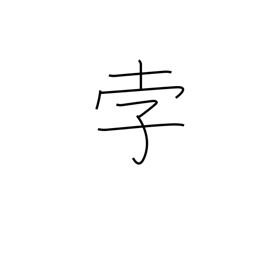
Meaning: comet